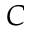
C